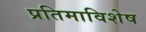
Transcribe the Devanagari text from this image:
प्रतिमाविशेष